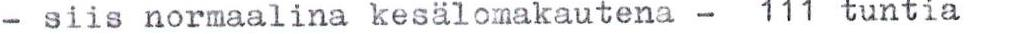
- siis normaalina kesälomakautena - 111 tuntia